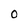
Character: 0